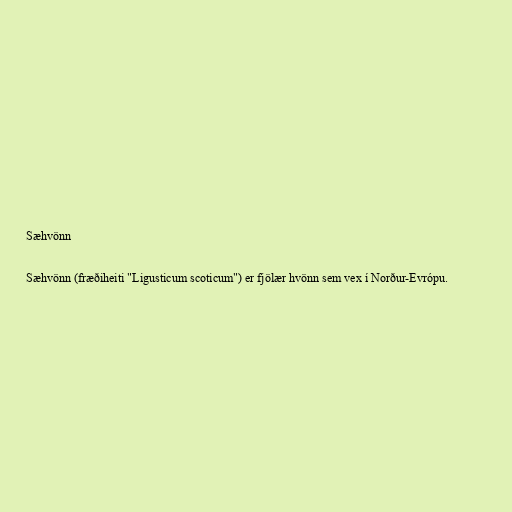
Sæhvönn

Sæhvönn (fræðiheiti "Ligusticum scoticum") er fjölær hvönn sem vex í Norður-Evrópu.